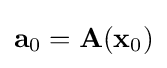
\mathbf {a} _{0}=\mathbf {A} (\mathbf {x} _{0})